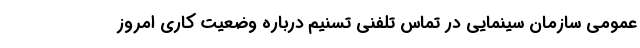
عمومی سازمان سینمایی در تماس تلفنی تسنیم درباره وضعیت کاری امروز